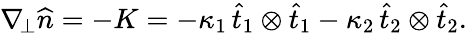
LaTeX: \begin{array}{r}{\nabla_{\! \bot}\widehat{n}=-K=-\kappa_{1}\, \widehat{t}_{1}\otimes\widehat{t}_{1}-\kappa_{2}\, \widehat{t}_{2}\otimes\widehat{t}_{2}.}\end{array}